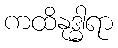
ကထိနုဒ္ဓါရာ